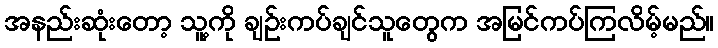
အနည်းဆုံးတော့ သူ့ကို ချဉ်းကပ်ချင်သူတွေက အမြင်ကပ်ကြလိမ့်မည်။